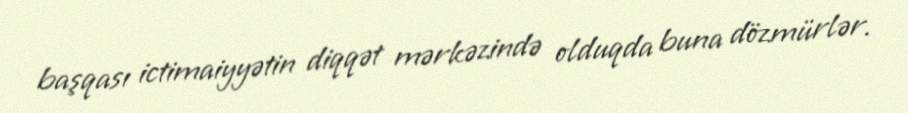
başqası ictimaiyyətin diqqət mərkəzində olduqda buna dözmürlər.